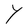
Character: Y